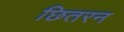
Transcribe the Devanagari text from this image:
छितरन